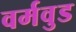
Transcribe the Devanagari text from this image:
वर्मवुड